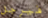
فيرجل